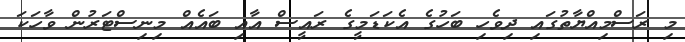
މި ރަސްމިއްޔާތުގައި ދިވެހި ބަހުގެ އެކަޑަމީގެ ރައީސް އާއި ބައެއް މިނިސްޓަރުން ވާހަކަ